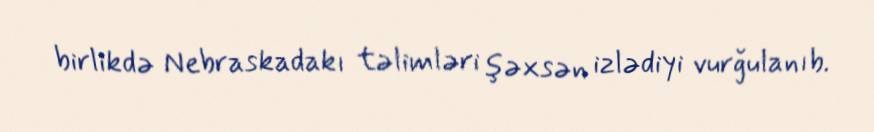
birlikdə Nebraskadakı təlimləri şəxsən izlədiyi vurğulanıb.